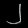
Digit: ၂